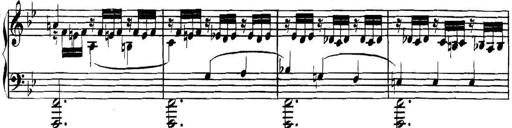
Title: Collected Piano Sonatas
Composer: Muzio Clementi